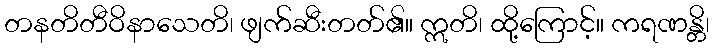
တနတိတီဝိနာသေတိ၊ ဖျက်ဆီးတတ်၏။ ဣတိ၊ ထို့ကြောင့်။ ကရဏန္တိ၊